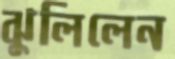
ঝুলিলেন